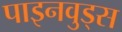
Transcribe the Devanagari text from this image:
पाइनवुड्स